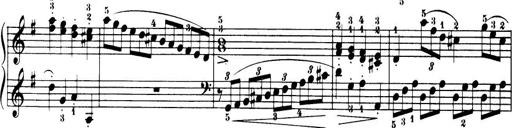
Title: 32 Sonatinas and Rondos for the Piano
Composer: Richard Kleinmichel